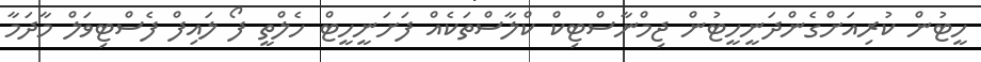
ހީޓުން ކުރިއަށްގެންދަނީހީޓުން ޖިމްނާސްޓިކް ކްލާސްތަކެއް ފަށަނީހީޓް ހެލްތީ ފޯ ލައިފް ފެސްޓިވަލް މާދަމާ